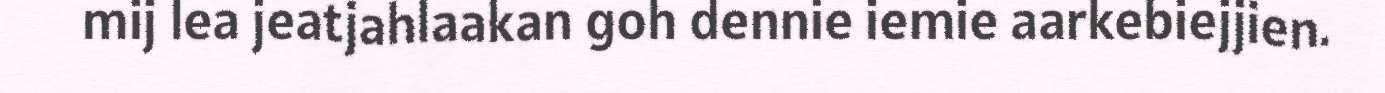
mij lea jeatjahlaakan goh dennie iemie aarkebiejjien.